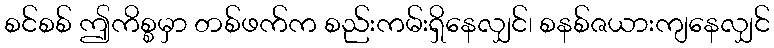
စင်စစ် ဤကိစ္စမှာ တစ်ဖက်က စည်းကမ်းရှိနေလျှင်၊ စနစ်ဇယားကျနေလျှင်